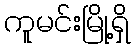
ကူမင်းမြို့ရှိ